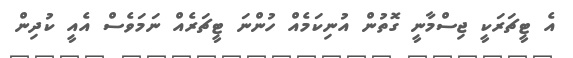
އެ ޓީޗަރަކީ ޖިސްމާނީ ގޮތުން އުނިކަމެއް ހުންނަ ޓީޗަރެއް ނަމަވެސް އެއީ ކުދިން